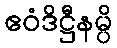
ဧဝံဒိဋ္ဌီနမ္ပိ